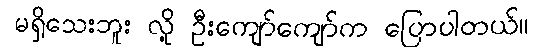
မရှိသေးဘူး လို့ ဦးကျော်ကျော်က ပြောပါတယ်။